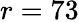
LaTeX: r=73